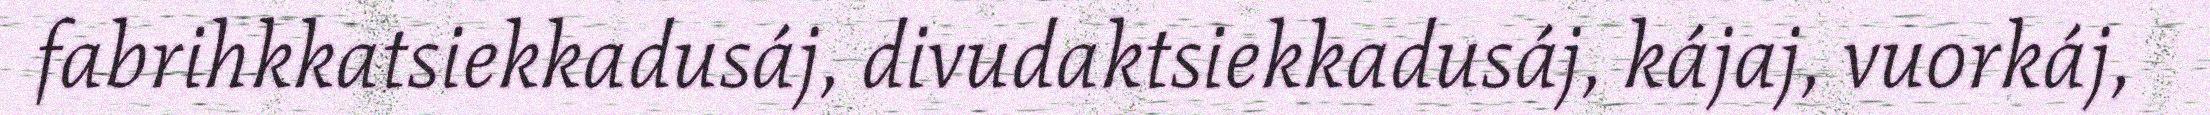
fabrihkkatsiekkadusáj, divudaktsiekkadusáj, kájaj, vuorkáj,